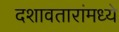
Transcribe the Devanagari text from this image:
दशावतारांमध्ये